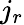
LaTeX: j_{r}